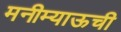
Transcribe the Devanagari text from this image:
मनीम्याऊची